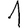
Digit: 1